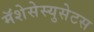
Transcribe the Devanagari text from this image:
मॅशेसेस्युसेटस